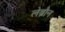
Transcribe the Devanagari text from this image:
लेब्रौन